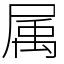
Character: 属